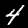
Digit: 4